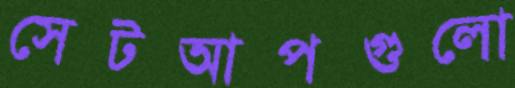
সেটআপগুলো